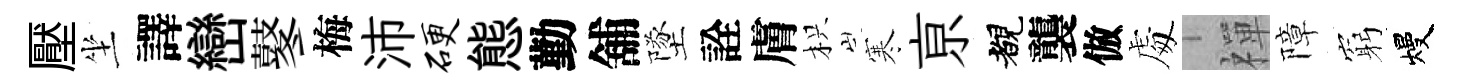
壓坐譯巒鼕梅沛硬態勤舖墜詮膚枳寒亰覩襲倣䖏禪障窮熳